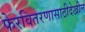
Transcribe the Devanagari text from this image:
फेरवितरणासाठीदेखील